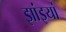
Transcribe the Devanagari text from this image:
झांइयां